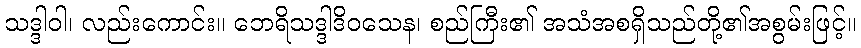
သဒ္ဒါဝါ၊ လည်းကောင်း။ ဘေရိသဒ္ဒါဒိဝသေန၊ စည်ကြီး၏ အသံအစရှိသည်တို့၏အစွမ်းဖြင့်။